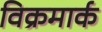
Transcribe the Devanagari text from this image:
विक्रमार्क